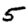
Digit: 5